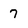
Character: 7